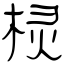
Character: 棂